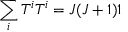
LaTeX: \sum _ { i } T ^ { i } T ^ { i } = J ( J + 1 ) 1